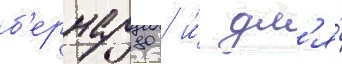
б'ернардо / и́ дл'я́